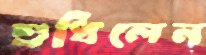
শুধিলেন